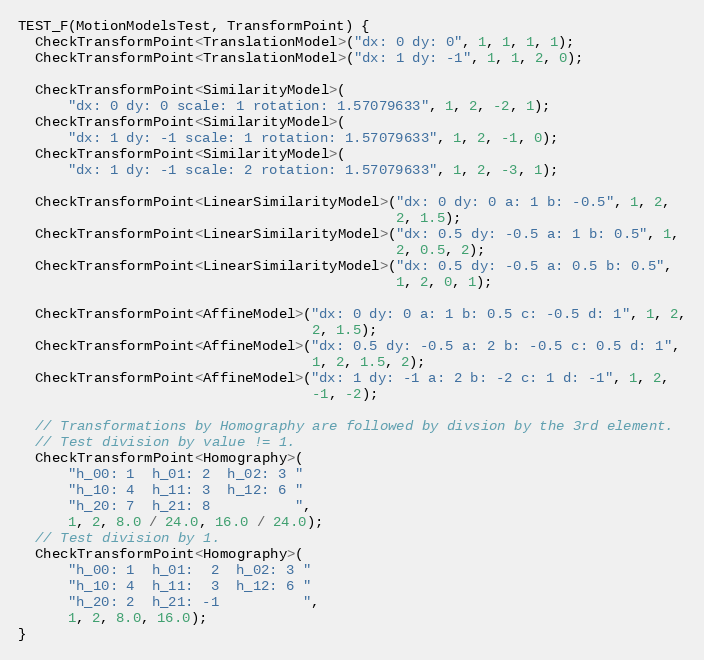
Language: C++
TEST_F(MotionModelsTest, TransformPoint) {
  CheckTransformPoint<TranslationModel>("dx: 0 dy: 0", 1, 1, 1, 1);
  CheckTransformPoint<TranslationModel>("dx: 1 dy: -1", 1, 1, 2, 0);

  CheckTransformPoint<SimilarityModel>(
      "dx: 0 dy: 0 scale: 1 rotation: 1.57079633", 1, 2, -2, 1);
  CheckTransformPoint<SimilarityModel>(
      "dx: 1 dy: -1 scale: 1 rotation: 1.57079633", 1, 2, -1, 0);
  CheckTransformPoint<SimilarityModel>(
      "dx: 1 dy: -1 scale: 2 rotation: 1.57079633", 1, 2, -3, 1);

  CheckTransformPoint<LinearSimilarityModel>("dx: 0 dy: 0 a: 1 b: -0.5", 1, 2,
                                             2, 1.5);
  CheckTransformPoint<LinearSimilarityModel>("dx: 0.5 dy: -0.5 a: 1 b: 0.5", 1,
                                             2, 0.5, 2);
  CheckTransformPoint<LinearSimilarityModel>("dx: 0.5 dy: -0.5 a: 0.5 b: 0.5",
                                             1, 2, 0, 1);

  CheckTransformPoint<AffineModel>("dx: 0 dy: 0 a: 1 b: 0.5 c: -0.5 d: 1", 1, 2,
                                   2, 1.5);
  CheckTransformPoint<AffineModel>("dx: 0.5 dy: -0.5 a: 2 b: -0.5 c: 0.5 d: 1",
                                   1, 2, 1.5, 2);
  CheckTransformPoint<AffineModel>("dx: 1 dy: -1 a: 2 b: -2 c: 1 d: -1", 1, 2,
                                   -1, -2);

  // Transformations by Homography are followed by divsion by the 3rd element.
  // Test division by value != 1.
  CheckTransformPoint<Homography>(
      "h_00: 1  h_01: 2  h_02: 3 "
      "h_10: 4  h_11: 3  h_12: 6 "
      "h_20: 7  h_21: 8          ",
      1, 2, 8.0 / 24.0, 16.0 / 24.0);
  // Test division by 1.
  CheckTransformPoint<Homography>(
      "h_00: 1  h_01:  2  h_02: 3 "
      "h_10: 4  h_11:  3  h_12: 6 "
      "h_20: 2  h_21: -1          ",
      1, 2, 8.0, 16.0);
}